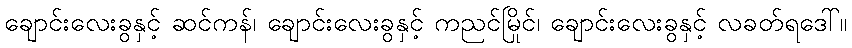
ချောင်းလေးခွနှင့် ဆင်ကန်၊ ချောင်းလေးခွနှင့် ကညင်မြိုင်၊ ချောင်းလေးခွနှင့် လခတ်ရဒေါ်။